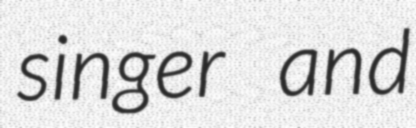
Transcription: singer and